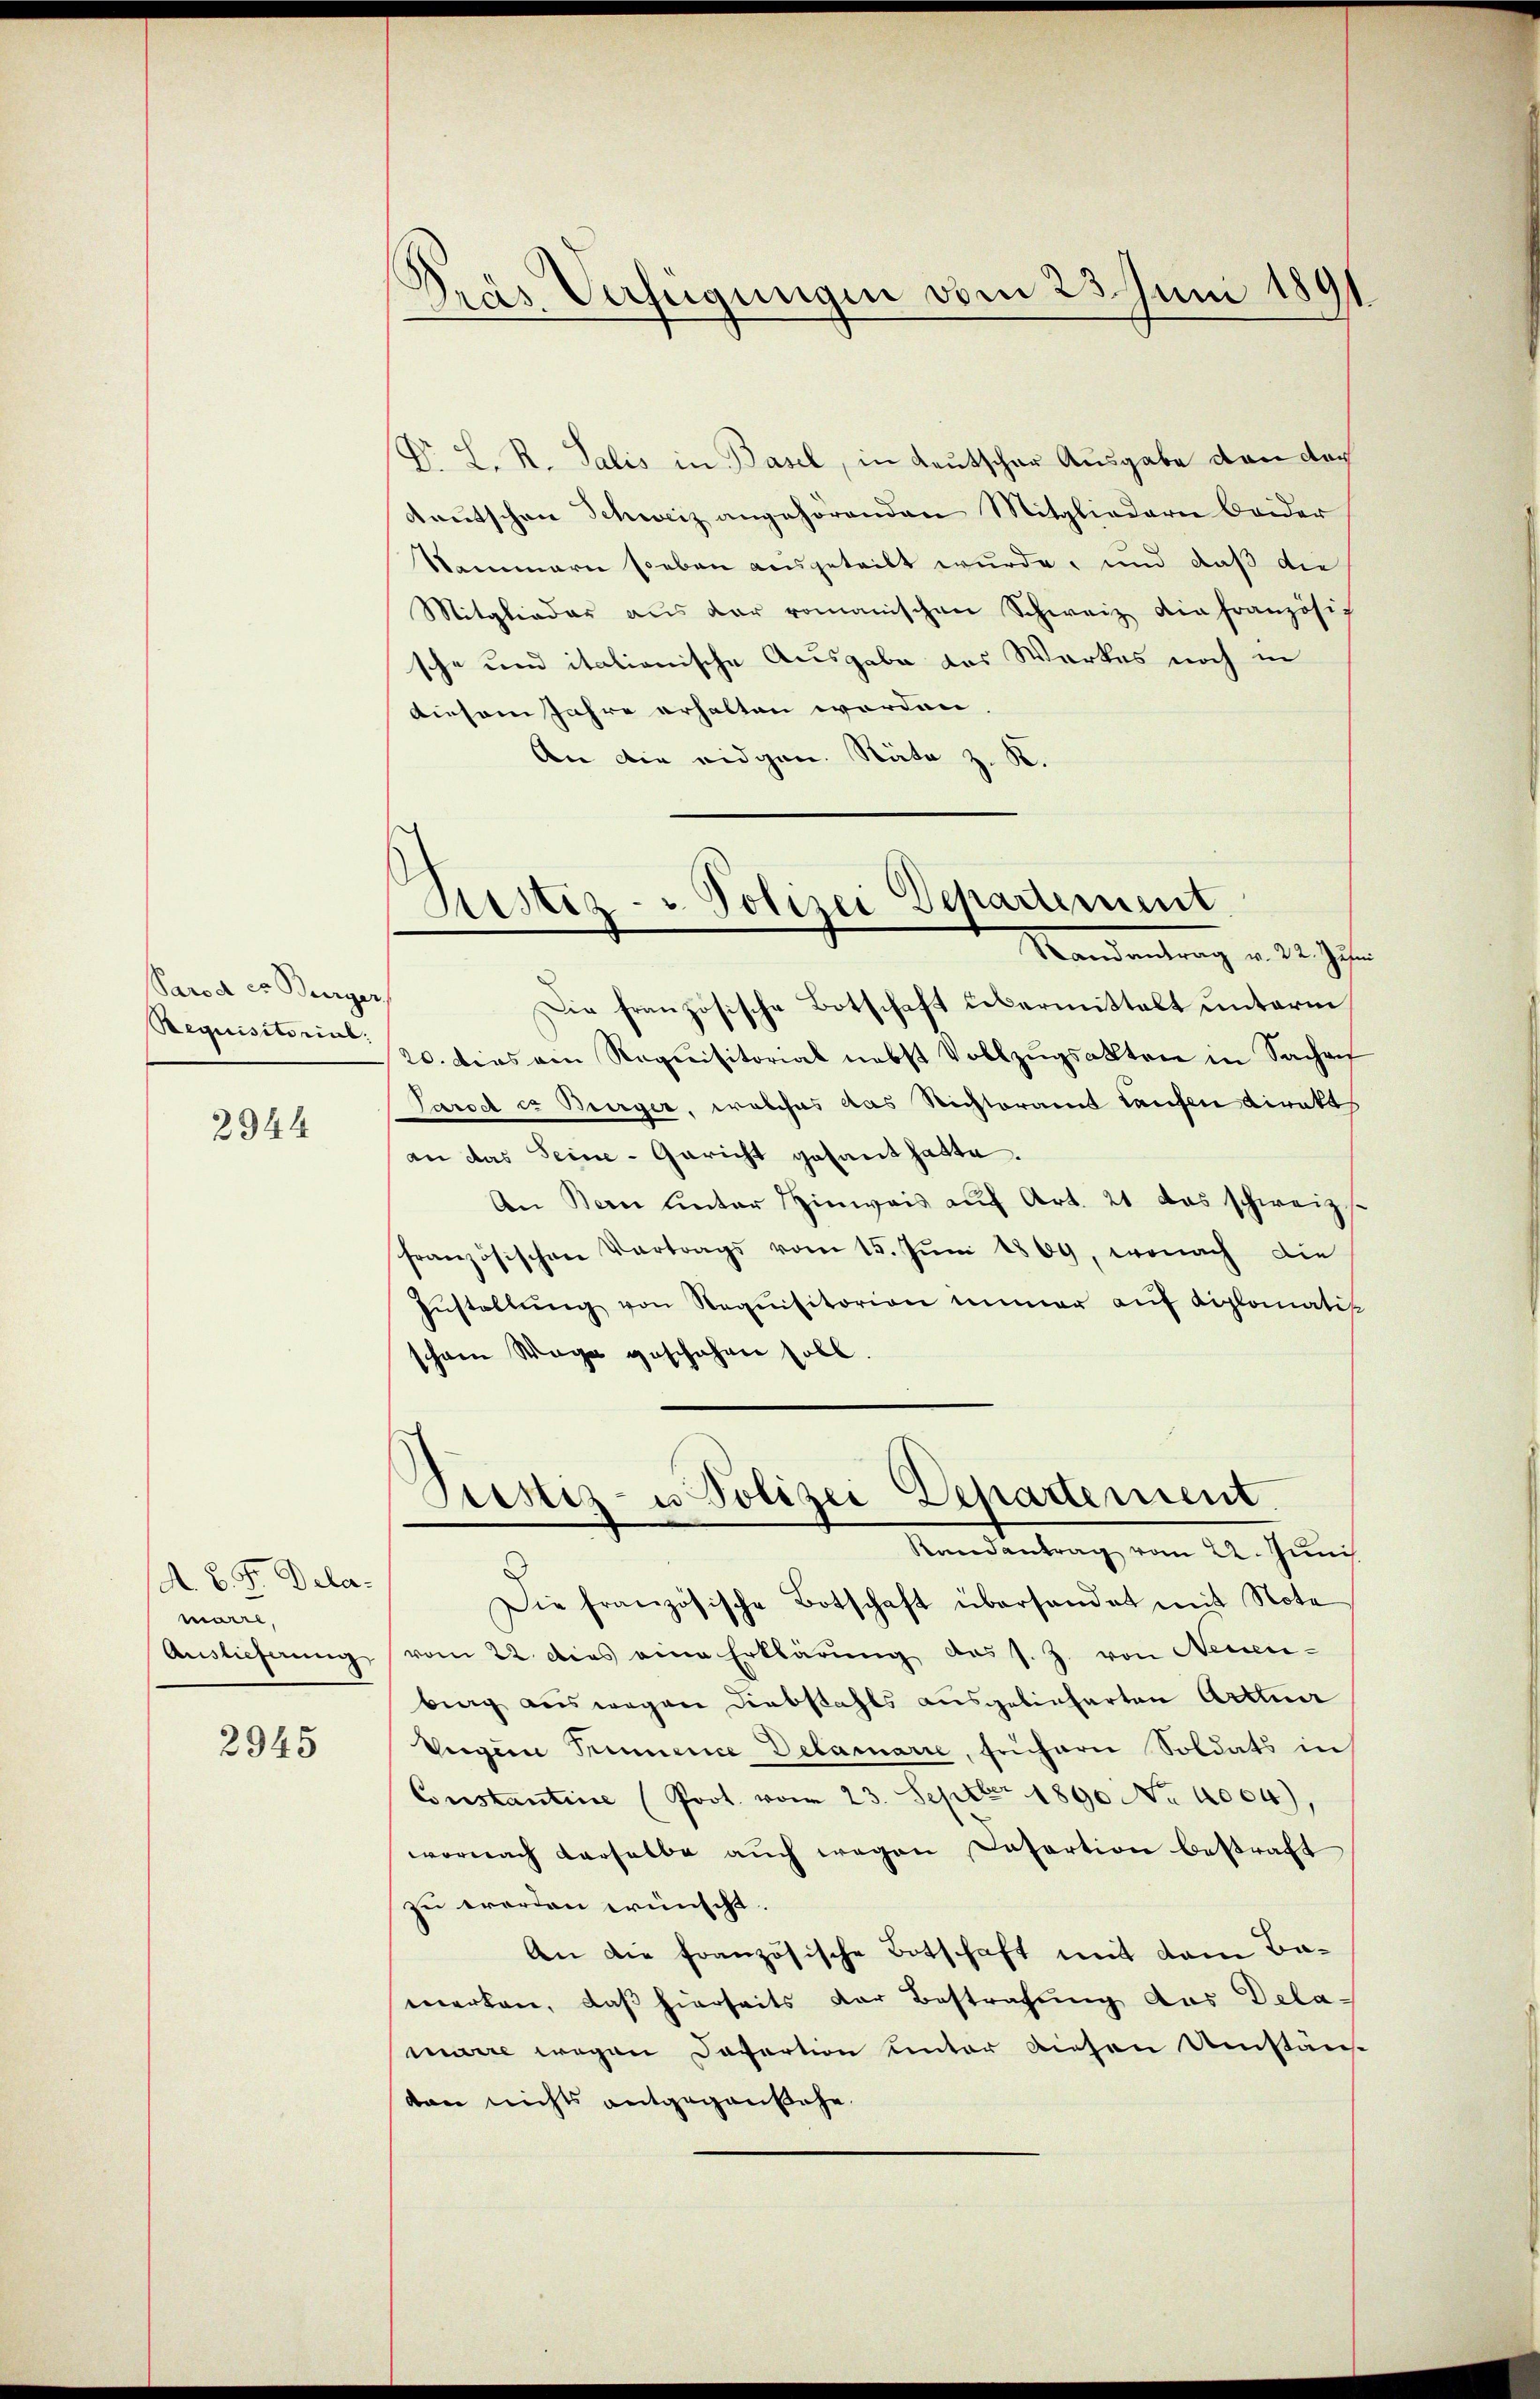
Parod ex Burger
Requisitorial:

2944

A. B. F. Delamaire,
Auslieferung

2945

Dras Verfügungen vom 23. Juni 1891

Gustiz- & Polizei Departement
Kandentrag u. S. 97.

Dr. L. R. Salis in Basel, in Leutscher Ausgabe von der
Aaŭtschen Schweiz angehörenden Mitgliedern beider
Stammern soeben ausgeteilt wurde, und daß die
Mitglieder aus der romanischen Schweiz die französic
sche und italionische Ausgabe des Werkes noch in
diesem Jahre erhalten worden
An die eidgen. Räte z. K.
Die französische Botschaft übermittelt unterm
20. dies ein Requisitorial nebst Vollzugsalten in Sachrif
Sarod es Bürger, welches das Nichteramt Laufen Direkt
an das Seine-Gericht gesant hatte.
An Bern unter Hinweis auf Art. 21 das schweiz.
französischen Vertrags vom 15. Jŭni 1869, wonach die
zŭstellŭng von Requisitorion immer aŭf diplomatik
schon Wege geschehen soll.
Trestiz- u Polizei Departement.
Randantrag vom 22. Juni
Die französische Botschaft überhandet mit Note
vom 22. dies eine Erklärŭng das s. Z. von Neuen-
brag auswegen Diebstahls ausgebinharten Arttuar
Vegen Trimmence Detariarie, frühern Soldats in
Constantine (Prot. vom 23. Septbr 1890 No 4004).
wornach derselbe auch wegen Datartion bestraft
zu worden wünscht.
An die französische Botschaft mit dem Bamerken, daß hierseits der Bestrafung das Delamarre wegen Davertion unter diesen Umstän
dan nichts entgegenstehe.